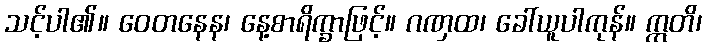
သင့်ပါ၏။ ဝေတနေန၊ နေ့စာရိက္ခာဖြင့်။ ဂဏှထ၊ ခေါ်ယူပါကုန်။ ဣတိ၊